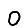
Digit: 0